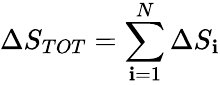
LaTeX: {\Delta}S_{TOT}=\sum_{\mathbf{i}=1}^{N}{\Delta}S_{\mathbf{i}}